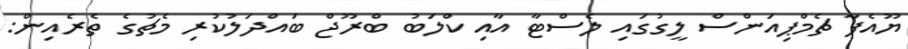
ޔޫއެފާ ޗެމްޕިއަންސް ލީގުގައި ލެސްޓާ އާއި ކްލަބު ބްރޫޖް ބައްދަލުކުރި މެޗުގެ ތެރެއިން: